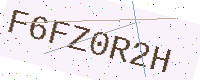
Text: F6FZ0R2H